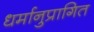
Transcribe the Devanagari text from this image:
धर्मानुप्रागित